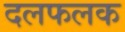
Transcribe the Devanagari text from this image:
दलफलक